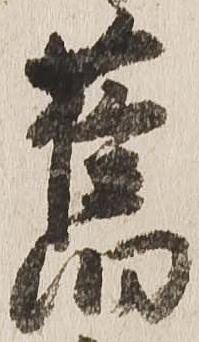
旧